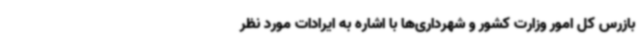
بازرس کل امور وزارت کشور و شهرداری‌ها با اشاره به ایرادات مورد نظر